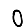
Digit: 0